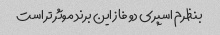
بنظرم اسپری دو فاز این برند موثر تر است